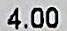
4.00